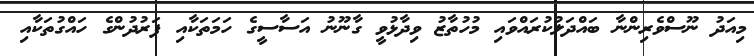
މިއަދު ނޫސްވެރިންނާ ބައްދަލުކުރައްވައި މުހުތާޒު ވިދާޅުވީ ގާނޫނު އަސާސީގެ ހަމަތަކާއި ފަރުދުންގެ ހައްގުތަކާއި